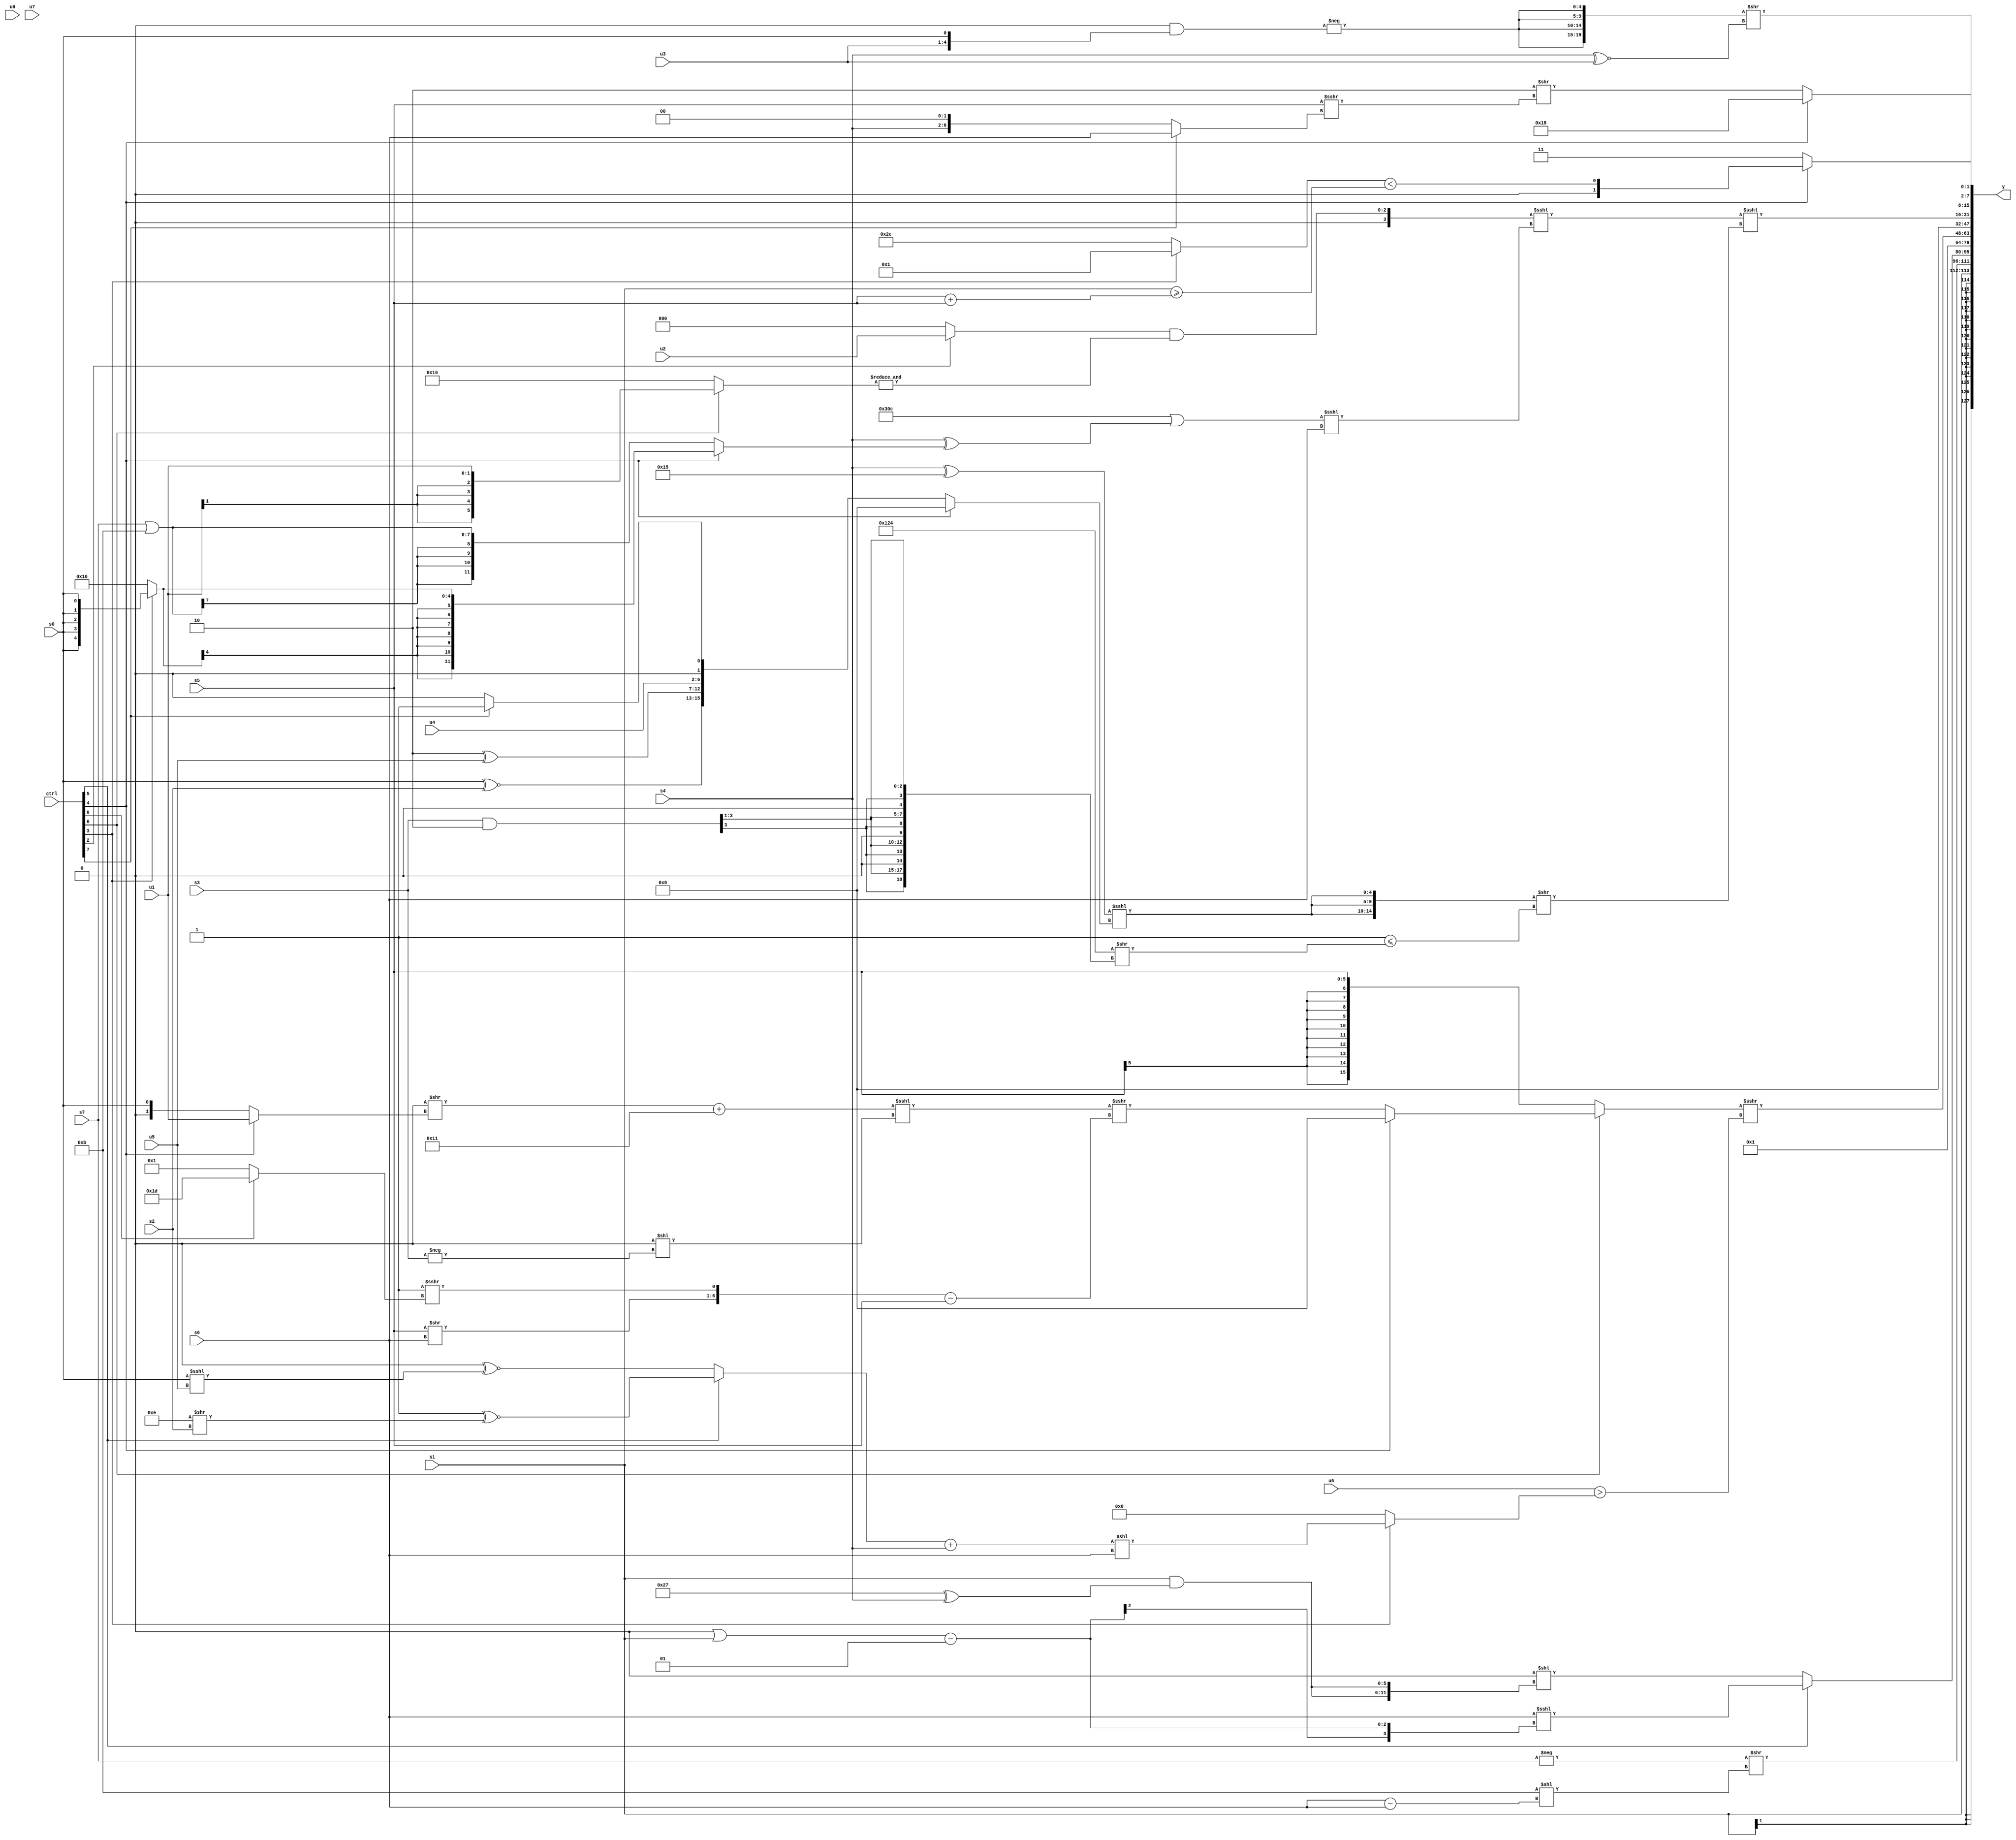
module wideexpr_00781(ctrl, u0, u1, u2, u3, u4, u5, u6, u7, s0, s1, s2, s3, s4, s5, s6, s7, y);
  input [7:0] ctrl;
  input [0:0] u0;
  input [1:0] u1;
  input [2:0] u2;
  input [3:0] u3;
  input [4:0] u4;
  input [5:0] u5;
  input [6:0] u6;
  input [7:0] u7;
  input signed [0:0] s0;
  input signed [1:0] s1;
  input signed [2:0] s2;
  input signed [3:0] s3;
  input signed [4:0] s4;
  input signed [5:0] s5;
  input signed [6:0] s6;
  input signed [7:0] s7;
  output [127:0] y;
  wire [15:0] y0;
  wire [15:0] y1;
  wire [15:0] y2;
  wire [15:0] y3;
  wire [15:0] y4;
  wire [15:0] y5;
  wire [15:0] y6;
  wire [15:0] y7;
  assign y = {y0,y1,y2,y3,y4,y5,y6,y7};
  assign y0 = s1;
  assign y1 = (-(s7))>>((6'b001011)<<((s6)-(s6)));
  assign y2 = (ctrl[5]?(s6)<<<({((3'sb000)|($signed(s1)))-(4'sb0001)}):(3'sb000)<<({2{$signed(($signed($signed(+(s1))))&($signed((6'sb100111)^(s4))))}}));
  assign y3 = 2'b01;
  assign y4 = ((ctrl[6]?(ctrl[4]?2'sb00:(($signed((((s5)>>(6'sb001111))>>((ctrl[4]?u1:s0)))+((+(6'sb010010))-(+(4'sb0001)))))<<<($signed((+((u2)<<<(5'sb00100)))<<(-(s3)))))>>>($signed(({($unsigned(s5))>>($unsigned(s6)),(1'sb1)>>>((ctrl[0]?3'sb101:5'sb00001))})-($unsigned(s5))))):s5))>>>(($signed(u6))>((ctrl[3]?($signed(((ctrl[5]?($signed(4'b1111))^~((5'sb01110)>>(s2)):((ctrl[7]?2'sb00:1'sb0))^~((s0)<<<(u5))))+(s4)))<<(s6):$signed(1'sb0))));
  assign y5 = !($signed(5'b00011));
  assign y6 = $signed((($signed(((ctrl[2]?u2:({4{5'sb01010}})>>>((6'sb100010)|(3'sb001))))&(&((ctrl[6]?$signed(u1):(6'sb010001)^(5'sb00111))))))<<<((($signed($signed({2{6'sb001100}})))|(($signed(s4))^((ctrl[4]?(ctrl[3]?s0:5'sb10110):(s7)|(5'sb11011)))))<<<(s6)))<<<(({3{($signed((s4)^(-(5'b01011))))<<<((ctrl[4]?^($signed(4'sb1010)):{(s0)^~(s2),(5'sb00010)^(u5),{u4},(ctrl[7]?2'sb01:1'sb0)}))}})>>((~&({((ctrl[6]?s2:s0))>>>($signed(6'b010001)),6'sb001011}))<=(({3{3'sb100}})>>({4{((s3)&(5'sb11110))>>(1'sb1)}})))));
  assign y7 = $signed({({4{-($signed(($unsigned(3'sb000))&({u3,s0})))}})>>(($unsigned(s4))^~(u3)),(ctrl[4]?6'sb011000:(6'sb111110)>>((s5)>>>((ctrl[7]?s6:(s4)<<(+(2'sb10)))))),$signed((ctrl[4]?((ctrl[3]?($signed(2'b11))>((5'sb00010)+(4'sb1001)):6'sb101110))<((s1)>=((s5)+(+(s5)))):2'sb11))});
endmodule